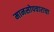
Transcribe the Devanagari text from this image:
मानसोपचाराचा